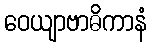
ဝေယျာဗာဓိကာနံ